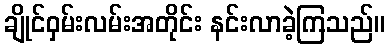
ချိုင်ဝှမ်းလမ်းအတိုင်း နင်းလာခဲ့ကြသည်။